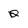
Character: Q